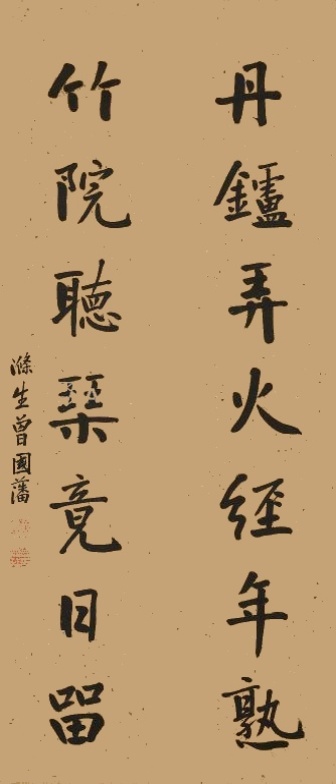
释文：丹炉弄火经年熟，竹院听琹竟日留。涤生曾国藩。